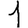
Digit: 1